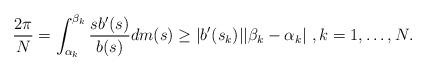
LaTeX: \begin{align*} \frac{2\pi}{N}=\int_{\alpha_k}^{\beta_k}\frac{sb'(s)}{b(s)}dm(s)\geq |b'(s_k)||\beta_k-\alpha_k|\ , k=1, \ldots, N . \end{align*}